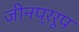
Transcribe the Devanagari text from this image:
जीनप्ररूप